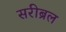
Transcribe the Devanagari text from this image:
सरीब्रल